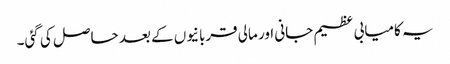
یہ کامیابی عظیم جانی اور مالی قربانیوں کے بعد حاصل کی گئی۔